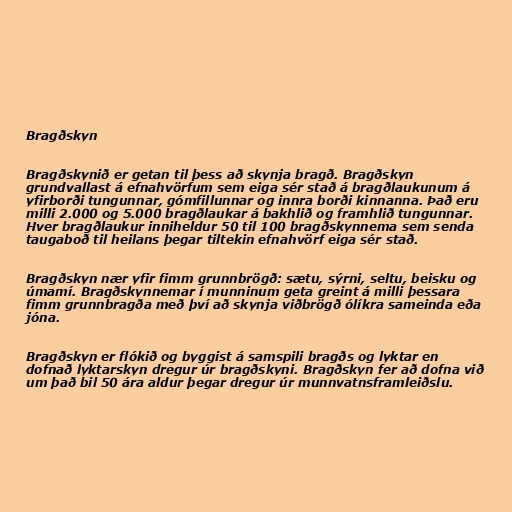
Bragðskyn

Bragðskynið er getan til þess að skynja bragð. Bragðskyn
grundvallast á efnahvörfum sem eiga sér stað á bragðlaukunum á
yfirborði tungunnar, gómfillunnar og innra borði kinnanna. Það eru
milli 2.000 og 5.000 bragðlaukar á bakhlið og framhlið tungunnar.
Hver bragðlaukur inniheldur 50 til 100 bragðskynnema sem senda
taugaboð til heilans þegar tiltekin efnahvörf eiga sér stað.

Bragðskyn nær yfir fimm grunnbrögð: sætu, sýrni, seltu, beisku og
úmamí. Bragðskynnemar í munninum geta greint á milli þessara
fimm grunnbragða með því að skynja viðbrögð ólíkra sameinda eða
jóna.

Bragðskyn er flókið og byggist á samspili bragðs og lyktar en
dofnað lyktarskyn dregur úr bragðskyni. Bragðskyn fer að dofna við
um það bil 50 ára aldur þegar dregur úr munnvatnsframleiðslu.